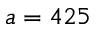
a = 4 2 5